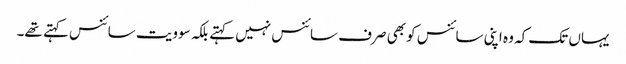
یہاں تک کہ وہ اپنی سائنس کو بھی صرف سائنس نہیں کہتے بلکہ سوویت سائنس کہتے تھے۔